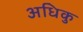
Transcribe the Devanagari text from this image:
अधिकु